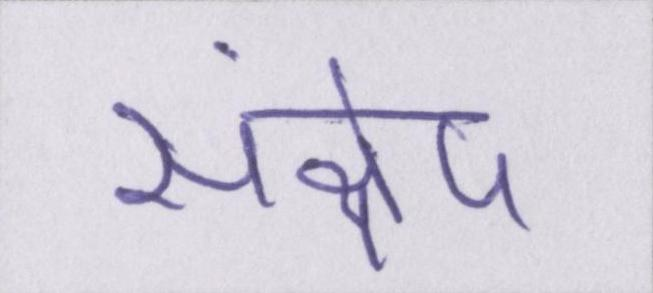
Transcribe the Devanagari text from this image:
संक्षेप